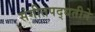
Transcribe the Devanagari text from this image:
संगीतपद्धतीने